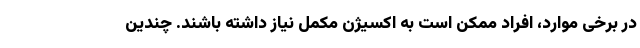
در برخی موارد، افراد ممکن است به اکسیژن مکمل نیاز داشته باشند. چندین